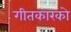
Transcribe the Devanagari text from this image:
गीतकारको